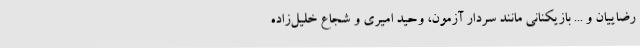
رضاییان و ... بازیکنانی مانند سردار آزمون، وحید امیری و شجاع خلیل‌زاده